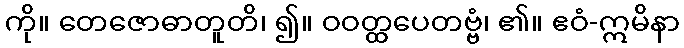
ကို။ တေဇောဓာတူတိ၊ ၍။ ဝဝတ္ထပေတဗ္ဗံ၊ ၏။ ဧဝံ-ဣမိနာ